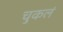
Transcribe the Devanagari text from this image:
चुकलं